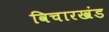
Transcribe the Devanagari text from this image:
विचारखंड